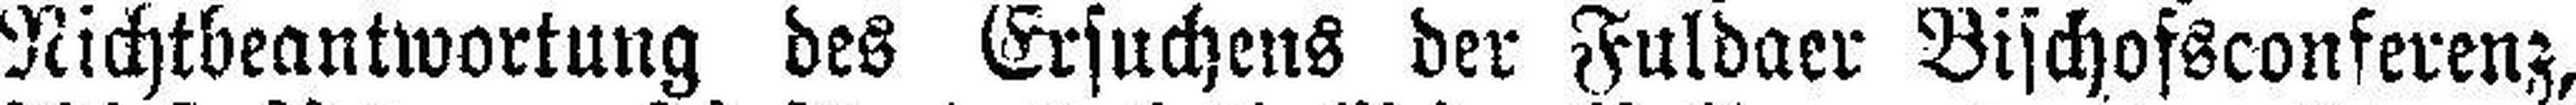
Nichtbeantwortung des Ersuchens der Fuldaer Bischofsconferenz,